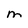
Character: M